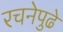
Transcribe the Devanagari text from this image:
रचनेपुढे